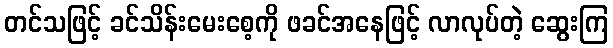
တင်သဖြင့် ခင်သိန်းမေးစေ့ကို ဖခင်အနေဖြင့် လာလုပ်တဲ့ ဆွေးကြ